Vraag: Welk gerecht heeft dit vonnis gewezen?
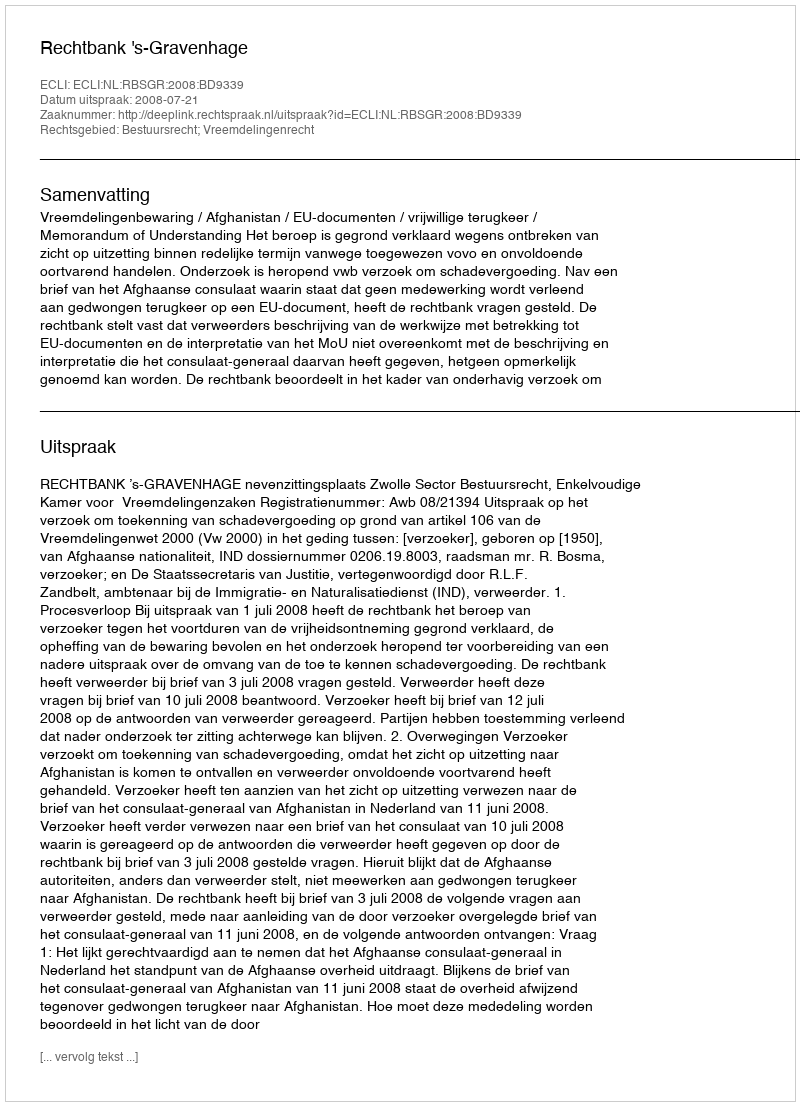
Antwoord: Rechtbank 's-Gravenhage